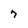
Character: 7